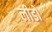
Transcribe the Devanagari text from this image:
लीडो